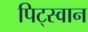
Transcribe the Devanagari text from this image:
पिट्स्वान